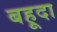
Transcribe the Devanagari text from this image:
बहूदा